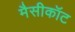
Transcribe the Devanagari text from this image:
मैसीकॉट